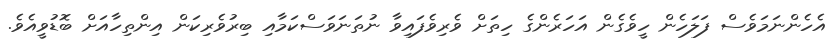
އެހެންނަމަވެސް ފަލަހެން ހީވެގެން އަހަރެންގެ ހިތަށް ވެރިވެފައިވާ ނުތަނަވަސްކަމާއި ބިރުވެރިކަން އިންތިހާއަށް ބޮޑުވީއެވެ.